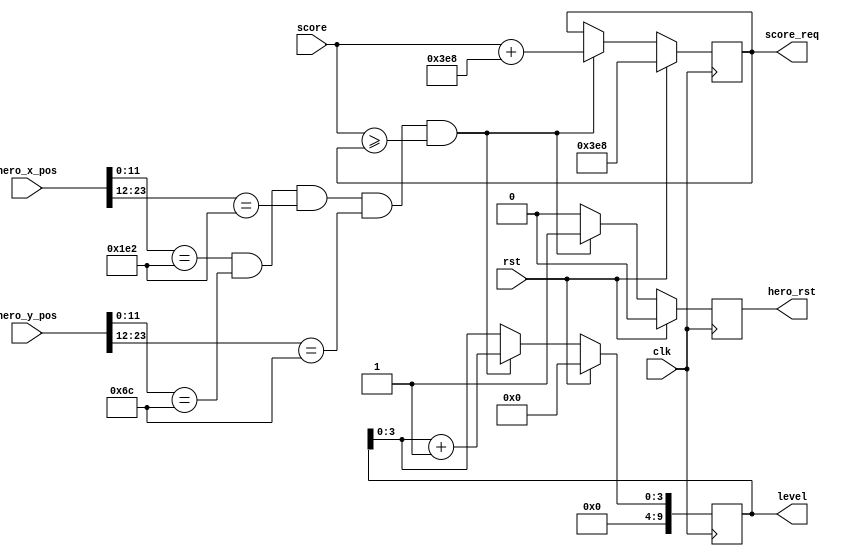
`timescale 1ns / 1ps
//////////////////////////////////////////////////////////////////////////////////
// Company: 
// Engineer: 
// 
// Design Name: 
// Module Name: level_management_unit
// Project Name: 
// Target Devices: 
// Tool Versions: 
// Description: 
// 
// Dependencies: 
// 
// Revision:
// Revision 0.01 - File Created
// Additional Comments:
// 
//////////////////////////////////////////////////////////////////////////////////
    
module level_management_unit(                             
    input wire clk,                                 
    input wire rst,                                 
    input wire [23:0] score,                  
    input wire [23:0] hero_x_pos,                   
    input wire [23:0] hero_y_pos,                  
    output reg [9:0] level,                         
    output reg hero_rst,
    output reg [23:0] score_req                           
    );                                                                     
                                                                      
    reg [3:0] level_nxt;                            
    reg hero_rst_nxt; 
    reg [23:0] score_req_nxt;                           
                                                    
    always @(posedge clk)            
        if(rst)                                     
        begin                                       
            level <= 0;                             
            hero_rst <= 0;
            score_req <= 1000;                                               
        end                                         
        else                                        
        begin                                       
            level <= level_nxt;                     
            hero_rst <= hero_rst_nxt;
            score_req <= score_req_nxt;                                  
        end                                         
                                                    
    always @(*)                                     
    begin                               
        if((hero_x_pos[11:0] == 482)&&(hero_y_pos[11:0] == 108)&&(hero_x_pos[23:12] == 482)&&(hero_y_pos[23:12] == 108)&&(score >= score_req))
        begin                                       
            level_nxt = level + 1;                  
            hero_rst_nxt = 1;
            score_req_nxt = score + 1000;                       
        end                                         
        else                                        
        begin
            score_req_nxt = score_req;                                    
            level_nxt = level;                      
            hero_rst_nxt = 0;                       
        end                                                              
    end                                        
                                                    
endmodule